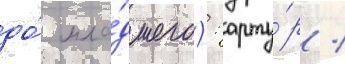
до́ мла́дшего): арту́р /